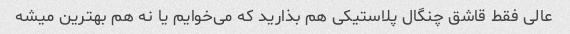
عالی فقط قاشق چنگال پلاستیکی هم بذارید که می‌خوایم یا نه هم بهترین میشه